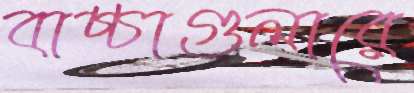
বাচ্চাগুলারে